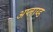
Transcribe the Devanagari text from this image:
अप्लाय्ड